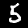
Label: 5